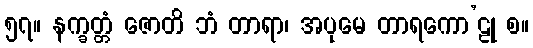
၅၇။ နက္ခတ္တံ ဇောတိ ဘံ တာရာ၊ အပုမေ တာရကော’ဠု စ။